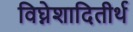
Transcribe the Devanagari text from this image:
विघ्नेशादितीर्थ